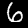
Label: 6